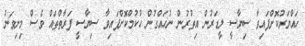
ހައްޔަރުކޮށްފައިވާ ސިޔާސީ ލީޑަރުން އިތުރުން ނުހައްގުން ހުކުމްކޮށްފައިވާ ސިޔާސީ ފަރާތްތައް ވެސް މިނިވަން